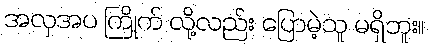
အလှအပ ကြိုက် လို့လည်း ပြောမဲ့သူ မရှိဘူး။